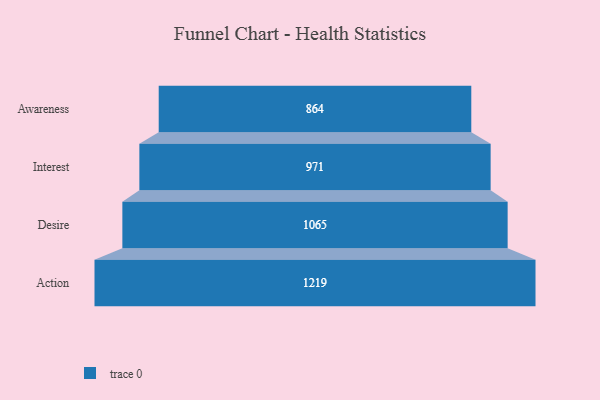
{"axis": {"x": "Stage", "y": "Value"}, "legend": [""], "data": [{"x": "Awareness", "y": 864.0, "type": ""}, {"x": "Interest", "y": 971.0, "type": ""}, {"x": "Desire", "y": 1065.0, "type": ""}, {"x": "Action", "y": 1219.0, "type": ""}]}